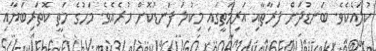
ކުލައެކެވެ. ބަނޑުދަށް ފަރާތާއި އަރިމަތީގައި މިކުލަ ފަނޑުކޮށް ހުރެއެވެ. މަހުގެ މަތީ ކޮތަރިބަޔާއި